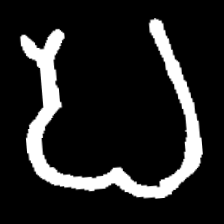
Pyu character \u2014 Myanmar letter: ပ (romanized: pa)